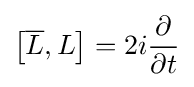
\left[{\overline {L}},L\right]=2i{\frac {\partial }{\partial t}}